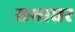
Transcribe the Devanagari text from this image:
सभाघर